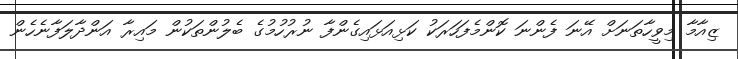
ޒިއާމާ މިވީހާތަނަށް އޭނަ ފެންނަ ކޮންމެފަހަރަކު ކަޅިއަޅައިގެންފާ ނުރުހުމުގެ ބެލުންތަކުން މައިރާ އަންދާލަފާނެހެން